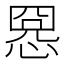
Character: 𢝕